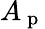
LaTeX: A_{\mathrm{~p~}}